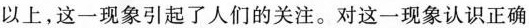
以上，这一现象引起了人们的关注。对这一现象认识正确